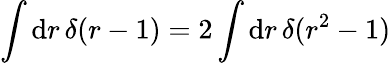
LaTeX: \int\mathrm{d}r\, \delta(r-1)=2\int\mathrm{d}r\, \delta(r^{2}-1)